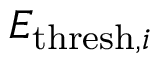
E _ { \mathrm { t h r e s h } , i }